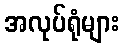
အလုပ်ရုံများ